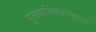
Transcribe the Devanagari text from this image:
मुख्याधिकाऱ्यांच्या